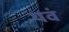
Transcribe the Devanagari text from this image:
यवं